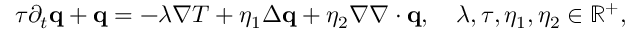
\begin{array} { r } { \tau \partial _ { t } \mathbf q + \mathbf q = - \lambda \nabla T + \eta _ { 1 } \Delta \mathbf q + \eta _ { 2 } \nabla \nabla \cdot \mathbf q , \quad \lambda , \tau , \eta _ { 1 } , \eta _ { 2 } \in \mathbb { R ^ { + } } , } \end{array}